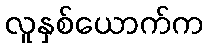
လူနှစ်ယောက်က